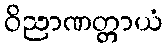
ဝိညာဏတ္တာယံ